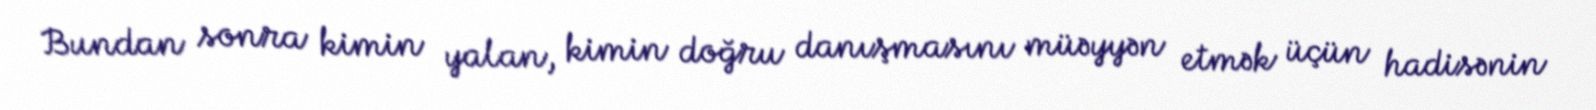
Bundan sonra kimin yalan, kimin doğru danışmasını müəyyən etmək üçün hadisənin